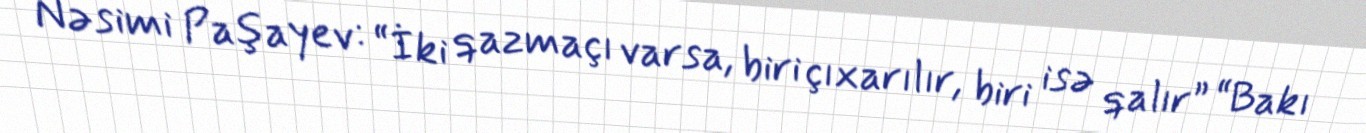
Nəsimi Paşayev: “İki qazmaçı varsa, biri çıxarılır, biri isə qalır” “Bakı